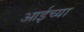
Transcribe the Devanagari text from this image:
आईच्‍या